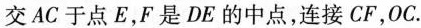
交AC于点E，F是DE的中点，连接CF，OC。